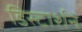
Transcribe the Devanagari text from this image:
डिस्टार्शन